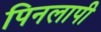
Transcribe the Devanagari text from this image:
पिनलापी